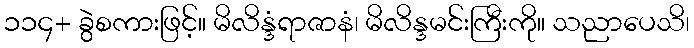
၁၁၄+ ခွဲစကားဖြင့်။ မိလိန္ဒံရာဇာနံ၊ မိလိန္ဒမင်းကြီးကို။ သညာပေသိ၊